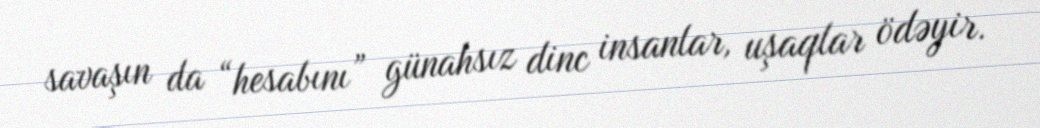
savaşın da “hesabını” günahsız dinc insanlar, uşaqlar ödəyir.